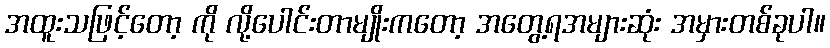
အထူးသဖြင့်တော့ ကို လို့ပေါင်းတာမျိုးကတော့ အတွေ့ရအများဆုံး အမှားတစ်ခုပါ။